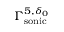
\Gamma _ { \mathrm { s o n i c } } ^ { 5 , \delta _ { 0 } }